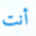
أنت